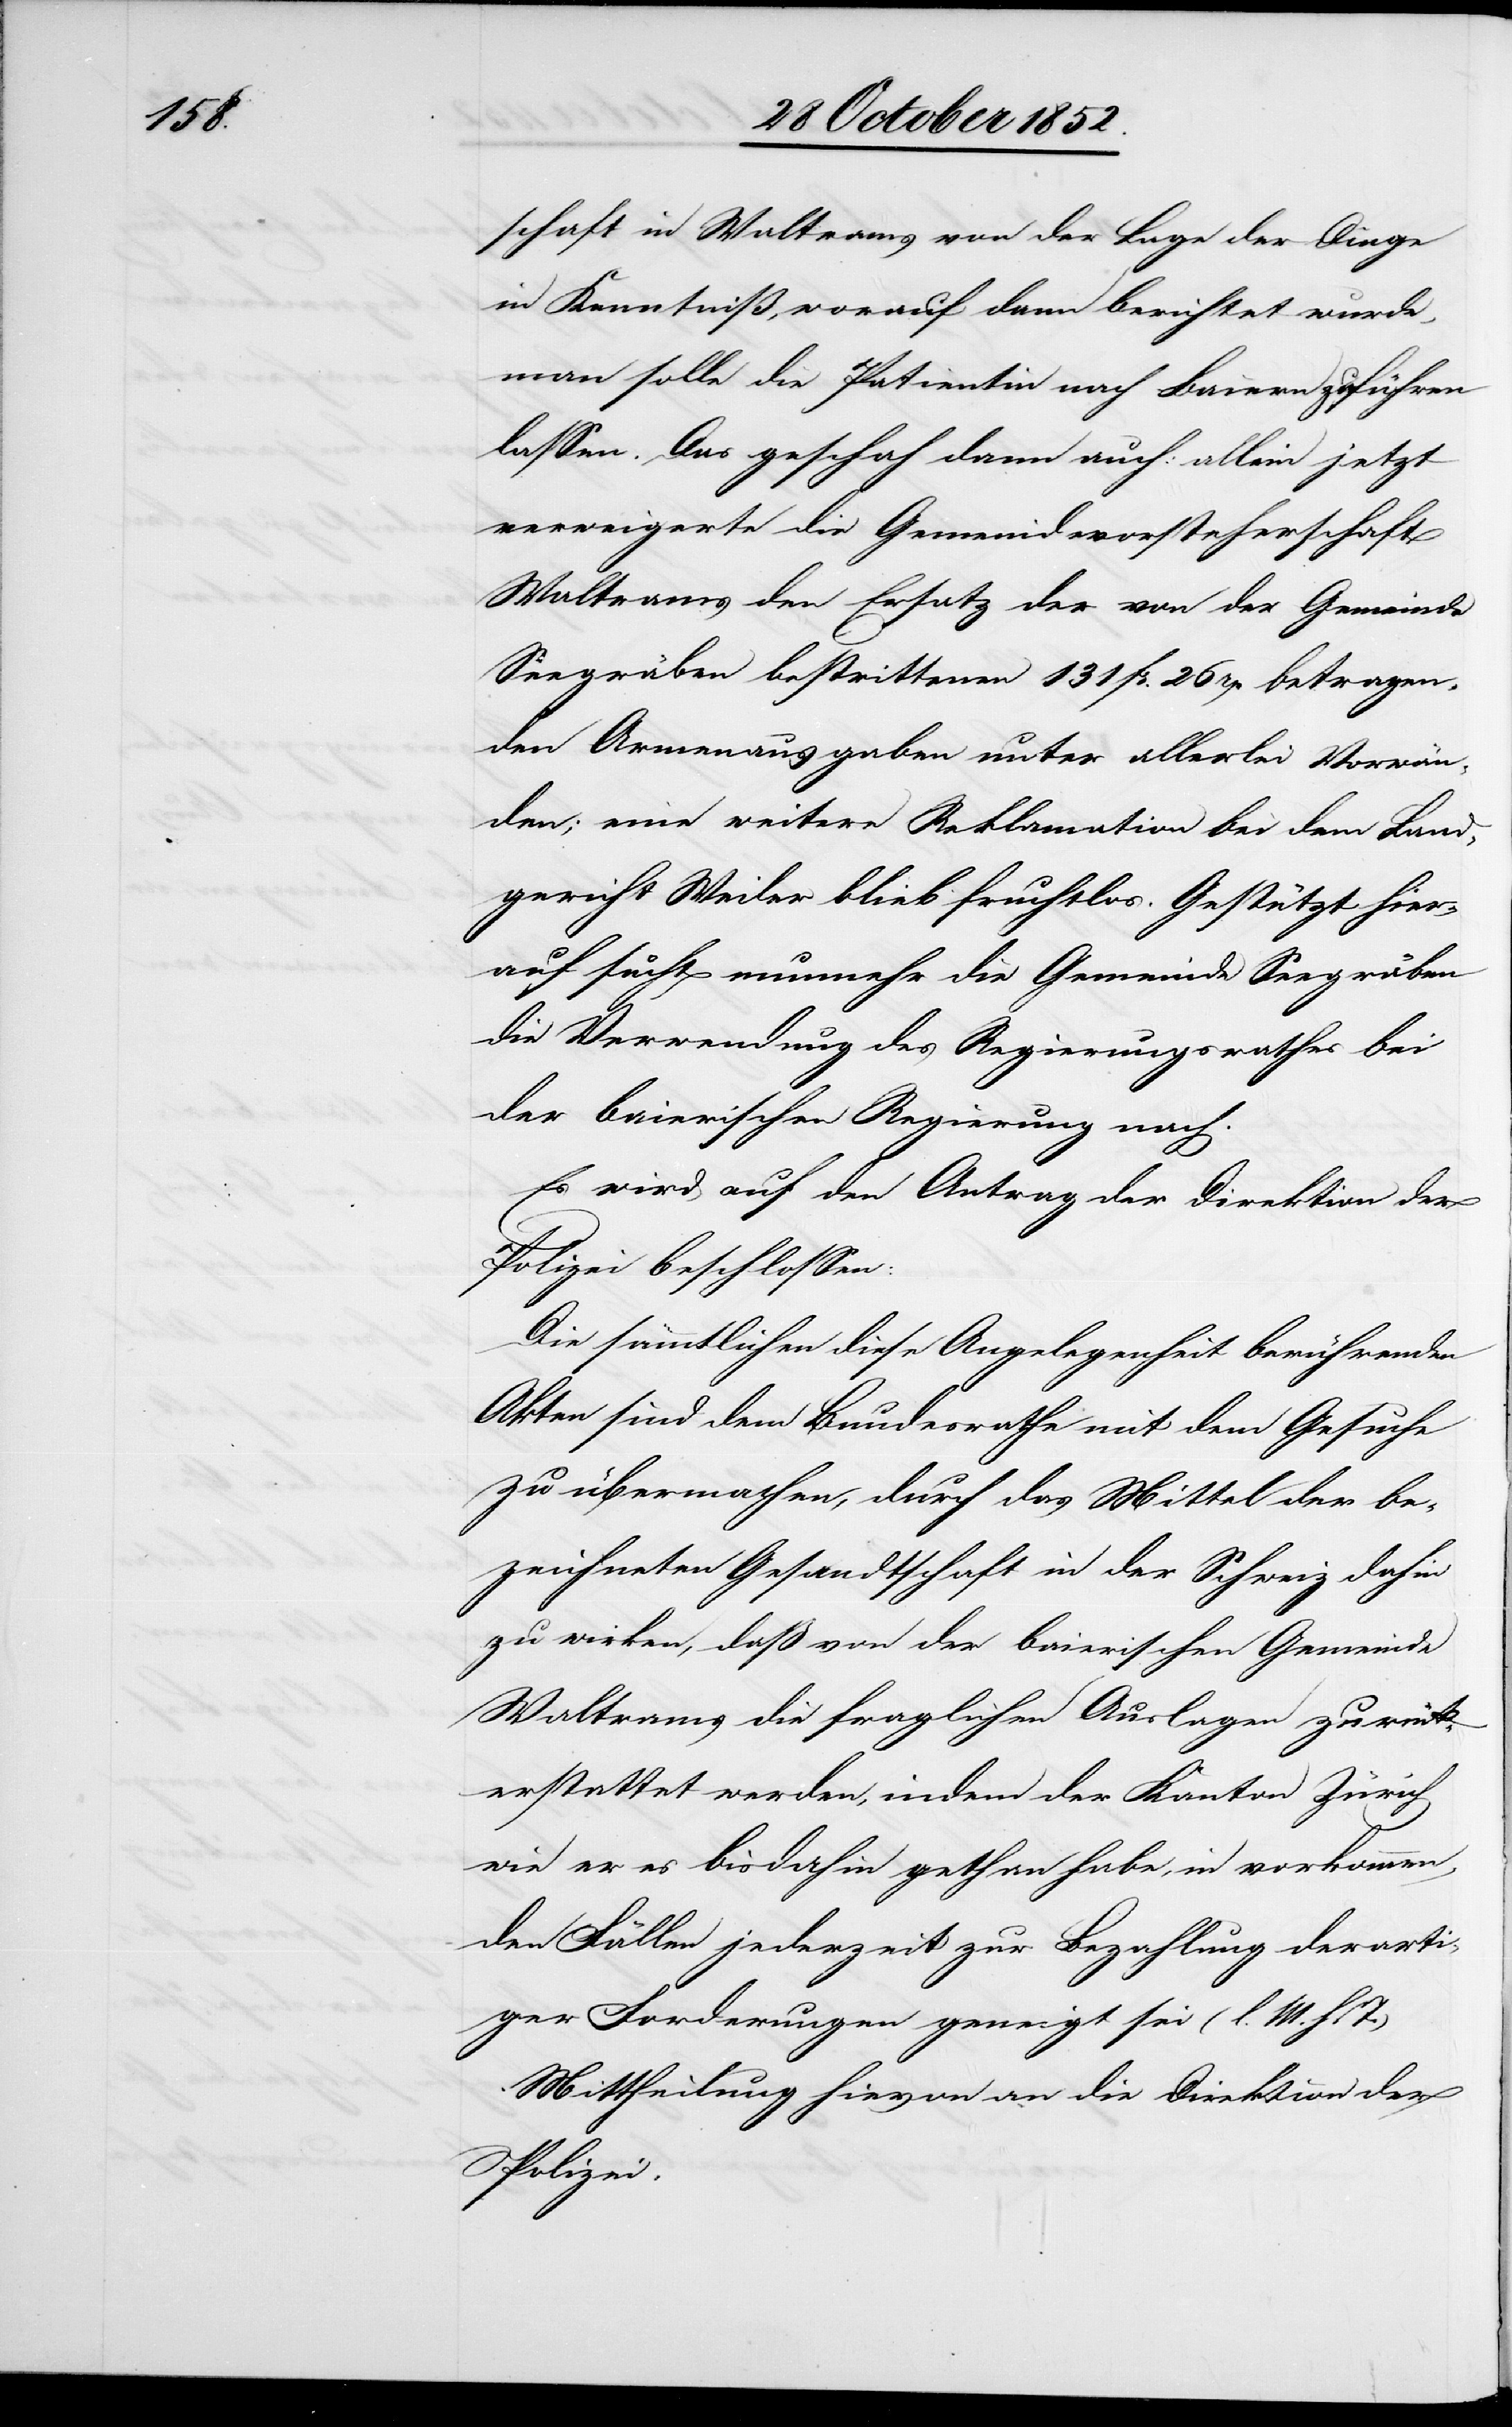
schaft in Waltrams von der Lage der Dinge
in Kenntniß, worauf dann berichtet wurde,
man solle die Patientin nach Baiern zuführen
lassen. Das geschah dann auch: allein jetzt
verweigerte die Gemeindsvorsteherschaft
Waltrams den Ersatz der von der Gemeinde
Seegräben bestrittenen 131 Fr. 26 rp betragen¬
den Armenausgaben unter allerlei Vorwän¬
den; eine weitere Reklamation bei dem Land¬
gericht Weiler blieb fruchtlos. Gestützt hier¬
auf sucht nunmehr die Gemeinde Seegräben
die Verwendung des Regierungsrathes bei
der baierischen Regierung nach.
Es wird auf den Antrag der Direktion der
Polizei beschlossen:
Die sämmtlichen diese Angelegenheit berührenden
Akten sind dem Bundesrathe mit dem Gesuche
zu übermachen, durch das Mittel der be¬
zeichneten Gesandtschaft in der Schweiz dahin
zu wirken, daß von der baierischen Gemeinde
Waltrams die fraglichen Auslagen zurück¬
erstattet werden, indem der Kanton Zürich
wie er es bisdahin gethan habe, in vorkommen¬
den Fällen jederzeit zur Bezahlung derarti¬
ger Forderungen geneigt sei (l. M. h. T.)
Mittheilung hievon an die Direktion der
Polizei.